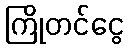
ကြိုတင်ငွေ